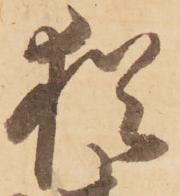
猶